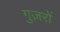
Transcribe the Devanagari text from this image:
गुज़रों